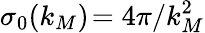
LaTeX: \sigma_{0}(k_{M})\! =4\pi/k_{M}^{2}